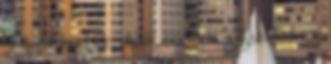
Ötödik évad ide, ötödik évad oda, a Justified egy